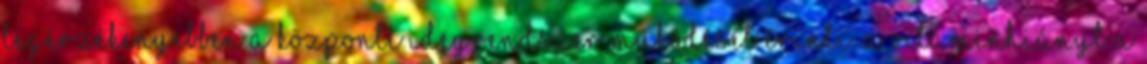
legérzékenyebben a központi idegrendszer működését érinti. A vitaminhiányt a